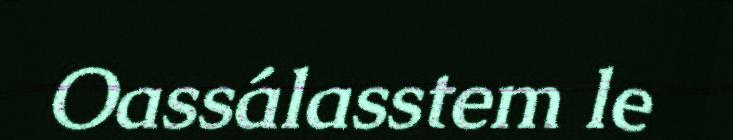
Oassálasstem le